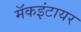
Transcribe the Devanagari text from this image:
मॅकइंटायर